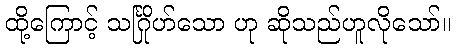
ထို့ကြောင့် သင်္ဂြိုဟ်သော ဟု ဆိုသည်ဟူလိုသော်။